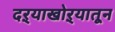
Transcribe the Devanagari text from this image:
दऱ्याखोऱ्यातून